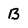
Character: B